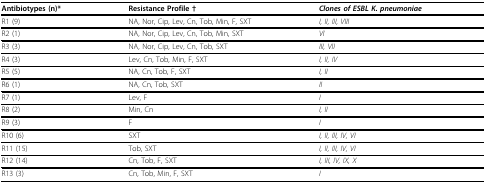
<table><thead><tr><td><b>Antibiotypes (n)*</b></td><td><b>Resistance Profile †</b></td><td><b><i>Clones of ESBL K. pneumoniae</i></b></td></tr></thead><tbody><tr><td>R1 (9)</td><td>NA, Nor, Cip, Lev, Cn, Tob, Min, F, SXT</td><td><i>I, II, III, VIII</i></td></tr><tr><td>R2 (1)</td><td>NA, Nor, Cip, Lev, Cn, Tob, Min, SXT</td><td><i>VI</i></td></tr><tr><td>R3 (3)</td><td>NA, Nor, Cip, Lev, Cn, Tob, SXT</td><td><i>III, VII</i></td></tr><tr><td>R4 (3)</td><td>Lev, Cn, Tob, Min, F, SXT</td><td><i>I, II, IV</i></td></tr><tr><td>R5 (5)</td><td>NA, Cn, Tob, F, SXT</td><td><i>I, II</i></td></tr><tr><td>R6 (1)</td><td>NA, Cn, Tob, SXT</td><td><i>II</i></td></tr><tr><td>R7 (1)</td><td>Lev, F</td><td><i>I</i></td></tr><tr><td>R8 (2)</td><td>Min, Cn</td><td><i>I, II</i></td></tr><tr><td>R9 (3)</td><td>F</td><td><i>I</i></td></tr><tr><td>R10 (6)</td><td>SXT</td><td><i>I, II, III, IV, VI</i></td></tr><tr><td>R11 (15)</td><td>Tob, SXT</td><td><i>I, II, III, IV, VI</i></td></tr><tr><td>R12 (14)</td><td>Cn, Tob, F, SXT</td><td><i>I, III, IV, IX, X</i></td></tr><tr><td>R13 (3)</td><td>Cn, Tob, Min, F, SXT</td><td><i>I</i></td></tr></tbody></table>